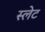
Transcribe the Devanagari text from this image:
स्‍लेट